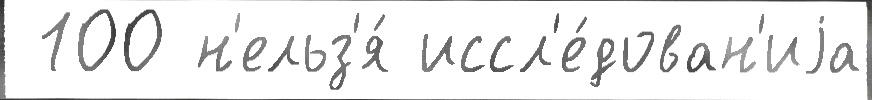
 100 н'ельз'я́ иссл'е́дован'иjа